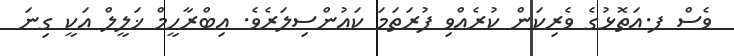
ވެސް ފ.އަތޮޅުގެ ވެރިކަން ކުރެއްވި ފުރަތަމަ ކައުންސިލަރެވެ. އިބްރާހީމް ޚަލީލް އަކީ ގިނަ